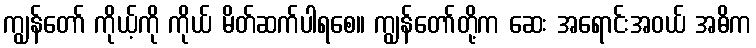
ကျွန်တော် ကိုယ့်ကို ကိုယ် မိတ်ဆက်ပါရစေ။ ကျွန်တော်တို့က ဆေး အရောင်းအဝယ် အဓိက